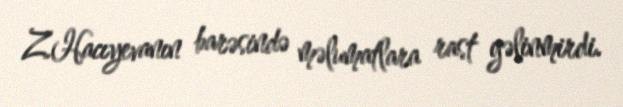
Z.Hacıyevanın barəsində məlumatlara rast gəlinmirdi.